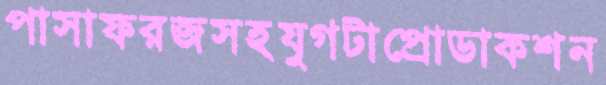
পাসাফরজসহযুগটাপ্রোডাকশন